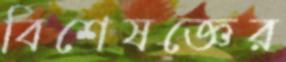
বিশেষজ্ঞের